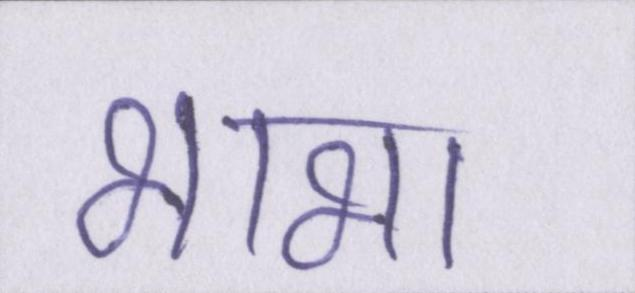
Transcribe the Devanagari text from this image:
भाभा